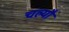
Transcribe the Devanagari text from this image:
चल्यौ